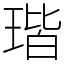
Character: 瑎